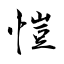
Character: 愷